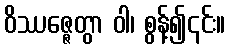
ဝိဿဇ္ဇေတွာ ဝါ၊ စွန့်၍၎င်း။